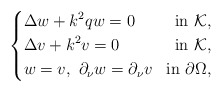
\begin{align*} \left\{ \begin{aligned} &\Delta w+k^2qw=0 &\mathrm {in}\ \mathcal K,\\ &\Delta v+k^2 v=0 &\mathrm {in}\ \mathcal K,\\ &w=v,\ \partial_{\nu}w=\partial_{\nu}v&\mathrm{in} \ \partial \Omega, \end{aligned} \right. \end{align*}